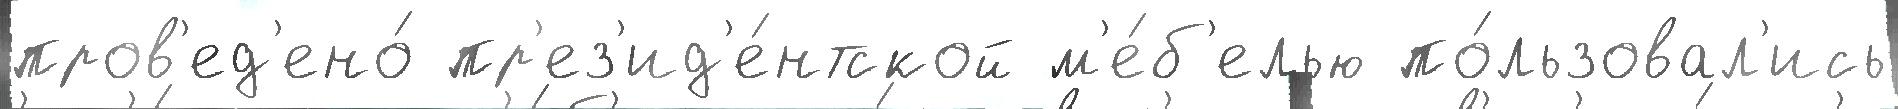
пров'ед'ено́ пр'ез'ид'е́нтской м'е́б'елью по́льзовал'ись